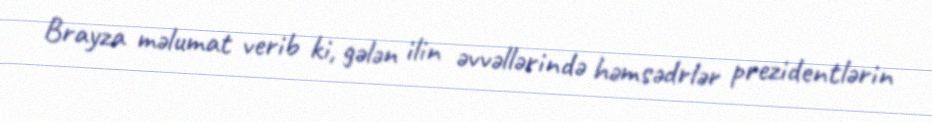
Brayza məlumat verib ki, gələn ilin əvvəllərində həmsədrlər prezidentlərin